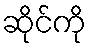
ဆိုင်ကို